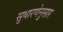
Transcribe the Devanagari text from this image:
सुधारणेनुसार